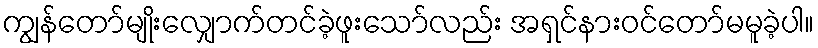
ကျွန်တော်မျိုးလျှောက်တင်ခဲ့ဖူးသော်လည်း အရှင်နားဝင်တော်မမူခဲ့ပါ။